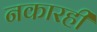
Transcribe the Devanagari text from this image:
नकारही